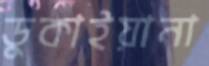
ডুকাইয়ানা